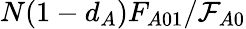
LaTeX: N(1-d_{A})F_{A01}/\mathcal{F}_{A0}